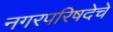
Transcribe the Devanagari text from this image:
नगरपरिषदेचे